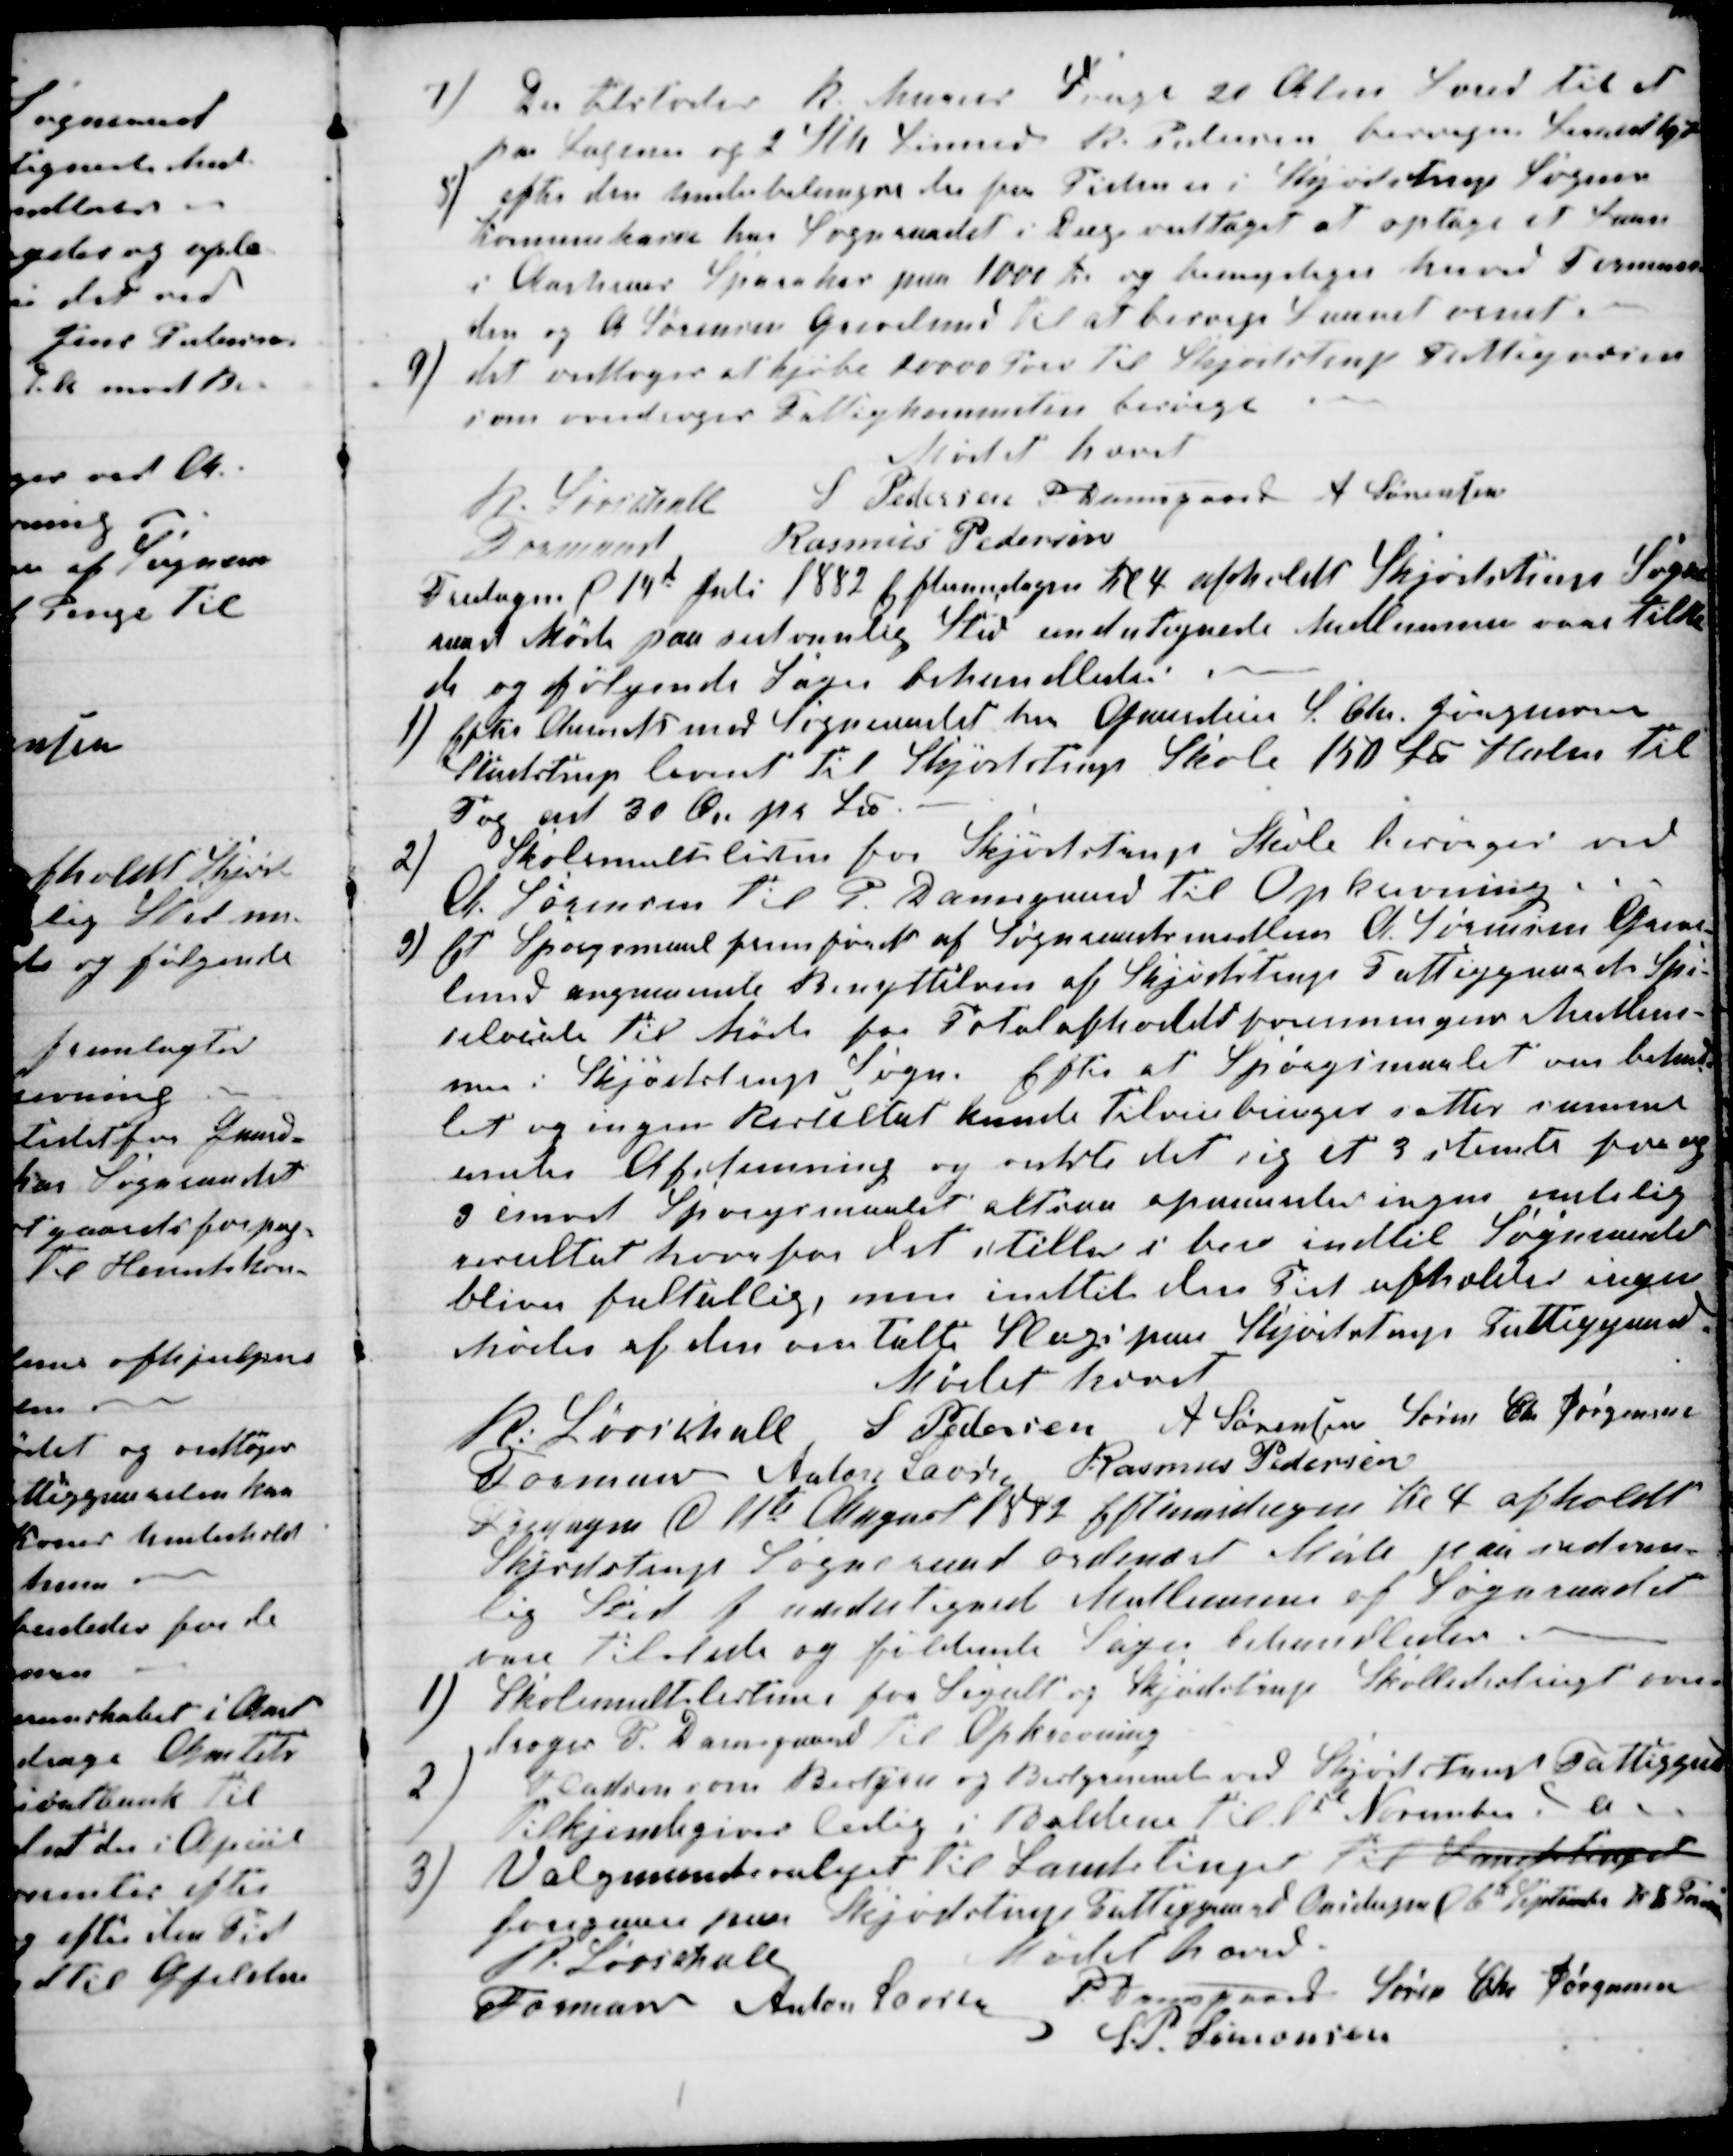
Transskription:
7) 
Der tilstodes R. Murers Svage 20 Alen Læred til et
par Lagener og 2 Stk Linned R. Pedersen besørger Lærred kjøbt
8) efter den underbalangse der for Tiden er i Skjødstrup Sogns
Komunekasse har Sogneraadet i Dag vedtaget at optage et Laan
i Aarhuus Sparekas paa 1000 Kr og bemyndiger herved Forman-
den og A Sørensen Grevelund til at besørge Laanet ornet.
9)
det vedtoges at kjøbe 10000 Tørv til Skjødstrup Fattigvæsen
som overdroges Fattigkommiten besørge
Mødet hævet
R. Løvschall
Formand
S Pedersen P. Damsgaard A Sørensen
Rasmus Pedersen
Fredagen d 14de Juli 1882 Eftermidagen Kl 4 afholdt Skjødstrup Sogne-
raad Møde paa sedvanlig Sted undertegnede Medlemmer vare tilste-
de og følgende Sager behandledes.
1) Efter Accords med Sogneraadet har Gaardeier S. Chr. Jørgensen
Studstrup leveret til Skjødstrup Skole 150 L℔ Halm til
Tag ad 30 Øre pr L℔.
2)
Skolemultslisten for Skjødstrup Skole besørges ved
A. Sørensen til P. Damsgaard til Opkrævning.
3)
Et Spørgsmaal fremført af Sogneraadsmedlem A. Sørensen Greve-
lund angaaende Benyttelsen af Skjødstrups Fattiggaards Spi-
selocale til Møde paa Totalafholdsforeningens Medlem-
mer i Skjødstrup Sogn. Efter at Spørgsmaalet var behand-
let og ingen Resultat kunde tilveiebringes settes samme
under Afstemning og vidste det sig at 3 stemte for og
3 imod Spørgsmaalet altsaa opnaaedes ingen endelig
resultat hvorfor det stilles i bero indtil Sogneraadet
bliver fultallig, men indtil den Tid afholdes ingen
Møder af den omtalte Slags paa Skjødstrup Fattiggaard
Mødet hævet
R. Løvschall 
Formand
S Pedersen A Sørensen Søren Chr Jørgensen
Anton Laursen Rasmus Pedersen
Fredagen d 11te August 1882 Eftermidagen til 4 afholdt
Skjødstrup Sogneraad ordinært Møde paa sedvan-
lig Sted f undertegnede Mellemmer af Sogneraadet
vare tilstede og føldende Sager behandledes
1)
Skolemultslisterne for Segalt og Skjødstrup Skoledistrigt over-
droges P. Damsgaard til Opkrævning
2)
Pladsen som Bestyrer og Bestyrerinde ved Skjødstrup Fattiggaard
tilkjendegives ledig i Baldene til 1st November d A
3)
Valgmandsvalget til Landstinget til Landdstinget
foregaar paa Skjødstrup Fattiggaard Onsdagen d 6te September Kl 8 Formidag
Mødet hævet
R. Løvschall
Formand 
Anton Laursen
P Damsgaard Søren Chr Jørgensen
S.P. Simonsen